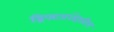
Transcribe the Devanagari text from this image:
ड्रिफ्टवरदेखील